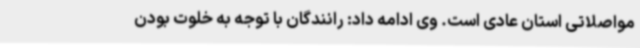
مواصلاتی استان عادی است. وی ادامه داد: رانندگان با توجه به خلوت بودن